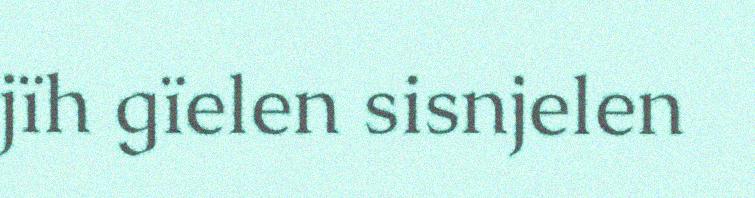
jïh gïelen sisnjelen